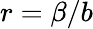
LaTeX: r=\beta/b